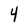
Character: 4